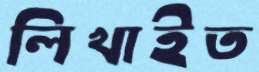
লিখাইত